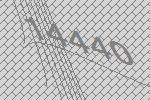
14440